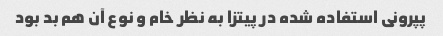
پپرونی استفاده شده در پیتزا به نظر خام و نوع آن هم بد بود